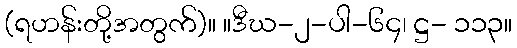
(ရဟန်းတို့အတွက်)။ ။ဒီဃ-၂-ပါ-၆၄၊ ဋ္ဌ- ၁၁၃။